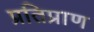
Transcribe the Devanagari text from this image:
प्रतिप्राण